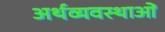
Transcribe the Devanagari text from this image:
अर्थव्यवस्थाआें